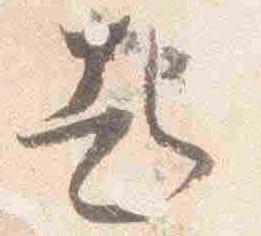
起